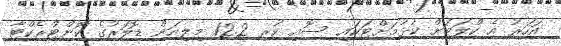
އަހަރު އެ ކްލަބަށް ކުޅުމަށްޓަކައި ސޮއި ކުރި 12.2 މިލިއަން ޑޮލަރުގެ ކޮންޓްރެކްޓާ